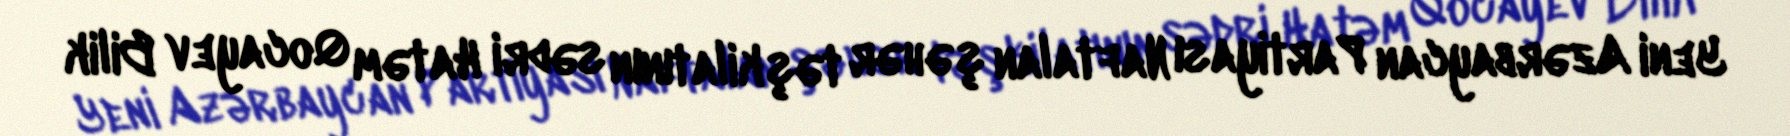
Yeni Azərbaycan Partiyası Naftalan şəhər təşkilatının sədri Hatəm Qocayev Bilik